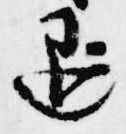
退